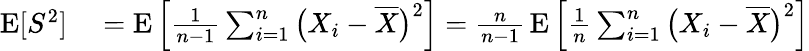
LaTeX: \begin{array}{rl}{\operatorname{E}[S^{2}]}&{{}=\operatorname{E}\left[{\frac{1}{n-1}}\sum_{i=1}^{n}{\big(}X_{i}-{\overline{{X}}}{\big)}^{2}\right]={\frac{n}{n-1}}\operatorname{E}\left[{\frac{1}{n}}\sum_{i=1}^{n}{\big(}X_{i}-{\overline{{X}}}{\big)}^{2}\right]}\end{array}